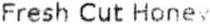
FRESH CUT HONE